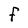
Character: f